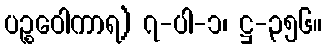
ပဉ္စဝေါကာရ) ၇-ပါ-၁၊ ဋ္ဌ-၃၅၆။